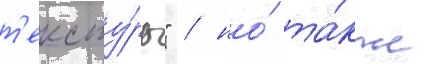
т'ексту́ры" / но́ та́кже